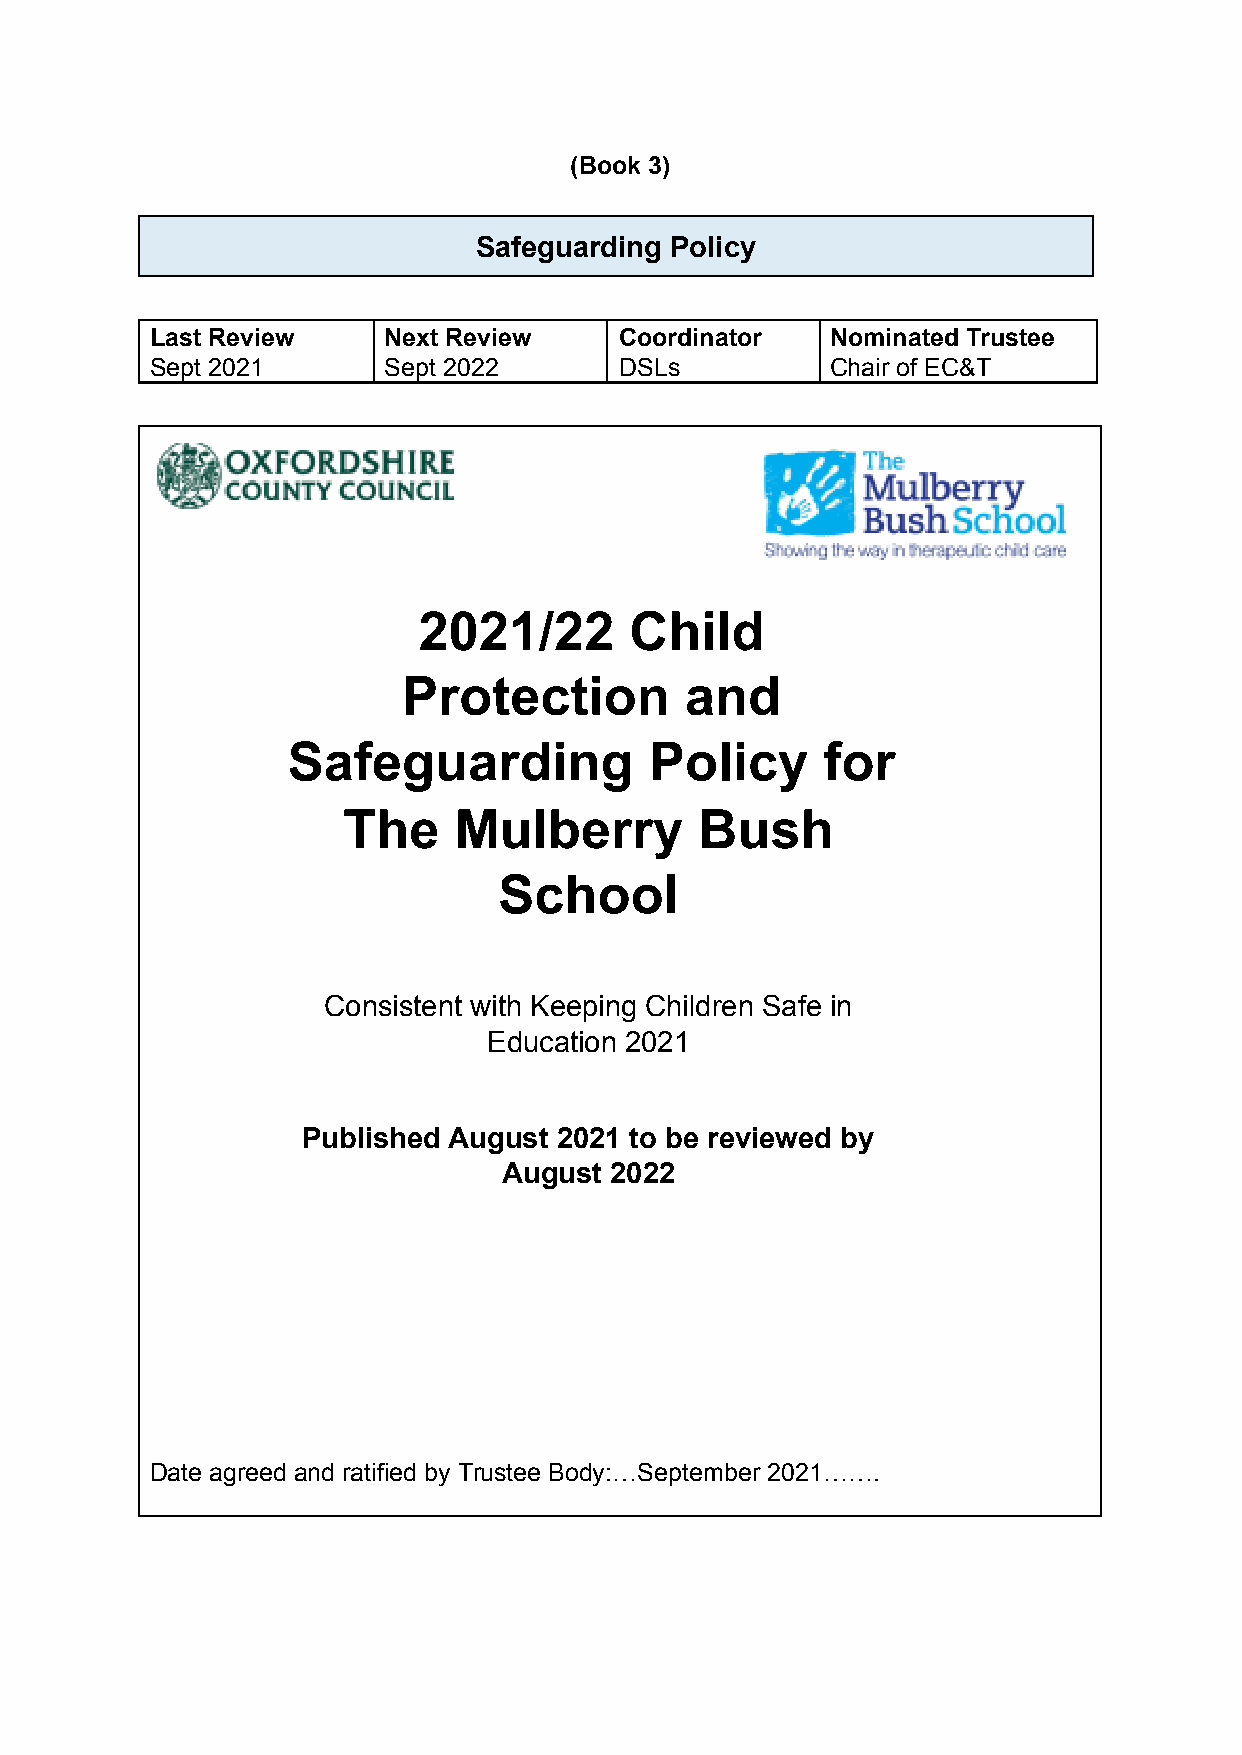
(Book 3)
 Safeguarding Policy
 Last Review    Next Review     Coordinator   Nominated Trustee
 Sept 2021      Sept 2022       DSLs          Chair of EC&T
 2021/22       Child
 Protection        and
 Safeguarding            Policy     for
 The    Mulberry        Bush
 School
 Consistent with Keeping Children Safe in
 Education 2021
 Published August 2021 to be reviewed by
 August 2022
 Date agreed and ratified by Trustee Body:…September 2021…….